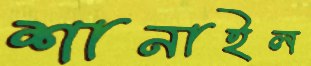
শানাইল